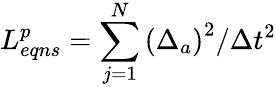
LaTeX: L_{eqns}^{p}=\sum_{j=1}^{N}{{{\left(\Delta_{a}\right)}^{2}}/\Delta{{t}^{2}}}